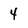
Character: 4